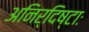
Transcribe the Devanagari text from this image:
अनिर्दिष्टाः